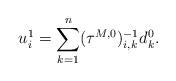
LaTeX: \begin{align*} u_i^1 = \sum_{k=1}^{n}(\tau^{M,0})_{i,k}^{-1} d^0_k.\end{align*}